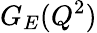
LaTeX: G_{E}(Q^{2})